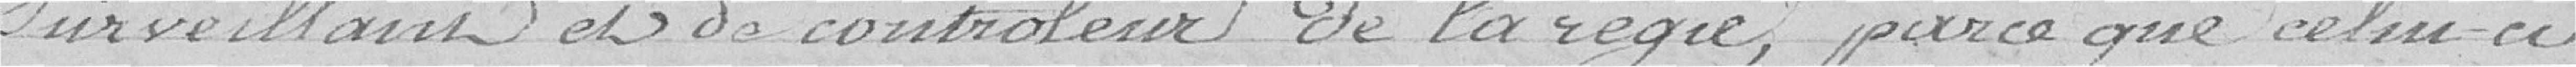
surveillance et de contrôleur de la régie, parce que celui-ci